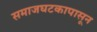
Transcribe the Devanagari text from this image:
समाजघटकापासून